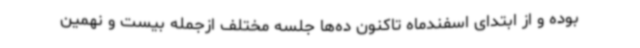
بوده و از ابتدای اسفندماه تاکنون ده‌ها جلسه مختلف ازجمله بیست و نهمین